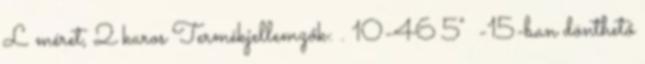
L méret, 2 karos Termékjellemzők: . 10-46 5° -15-ban dönthető